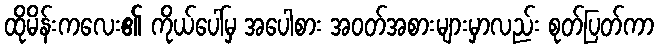
ထိုမိန်းကလေး၏ ကိုယ်ပေါ်မှ အပေါစား အဝတ်အစားများမှာလည်း စုတ်ပြတ်ကာ